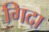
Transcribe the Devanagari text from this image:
गिदा